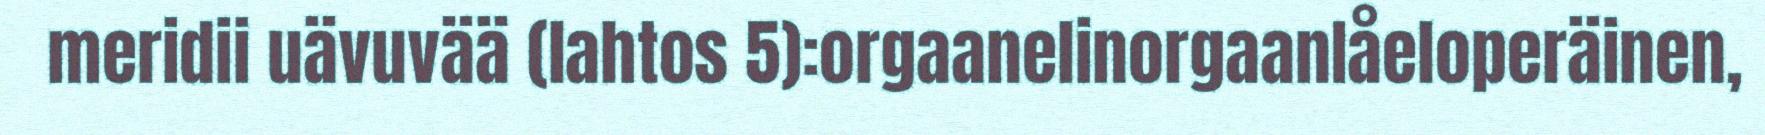
meridii uävuvää (lahtos 5):orgaanelinorgaanIåeloperäinen,